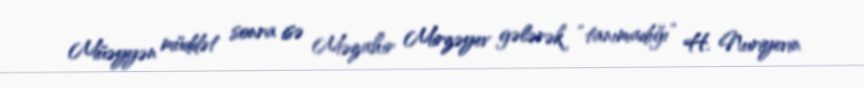
Müəyyən müddət sonra isə Məzahir Mirzəyev gələrək “tanımadığı” H. Nuriyevin